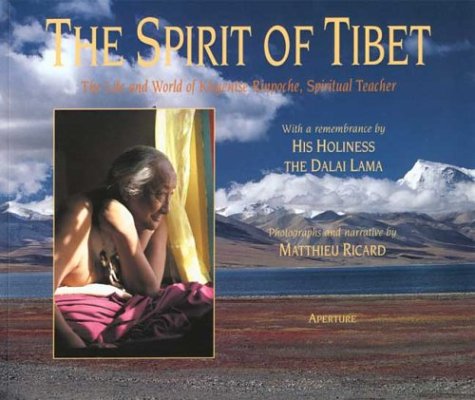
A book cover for The Spirit of Tibet: The Life and World of Khyentse Rinpoche, Spiritual Teacher; Matthieu Ricard; Travel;